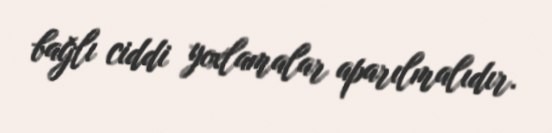
bağlı ciddi yoxlamalar aparılmalıdır.